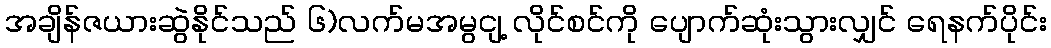
အချိန်ဇယားဆွဲနိုင်သည် ၆)လက်မအမွငျ့ လိုင်စင်ကို ပျောက်ဆုံးသွားလျှင် ရေနက်ပိုင်း